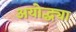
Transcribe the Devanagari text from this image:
अयोद्ध्या